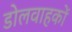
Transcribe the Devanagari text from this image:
डोलवाहकों